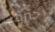
إحترقت